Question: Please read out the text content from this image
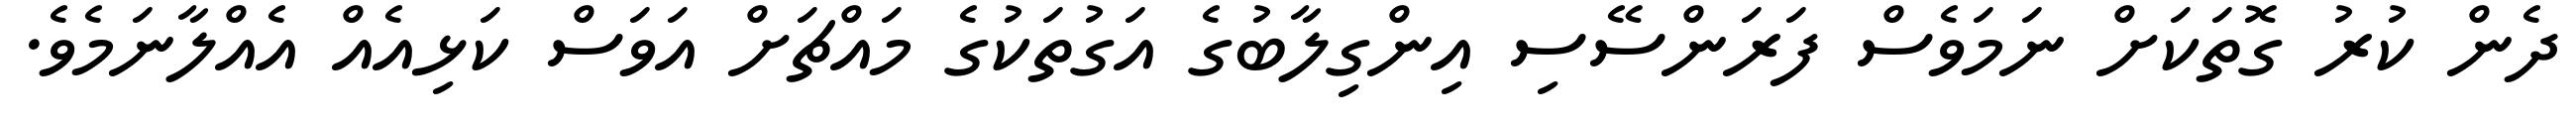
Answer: ދެން ކުރު ގޮތަކަށް ނަމަވެސް ފަރަންސޭސި އިންގިލާބުގެ އަގުތަކުގެ މައްޗަށް އަވަސް ކަޅިއެއް އެއްލާނަމެވެ.